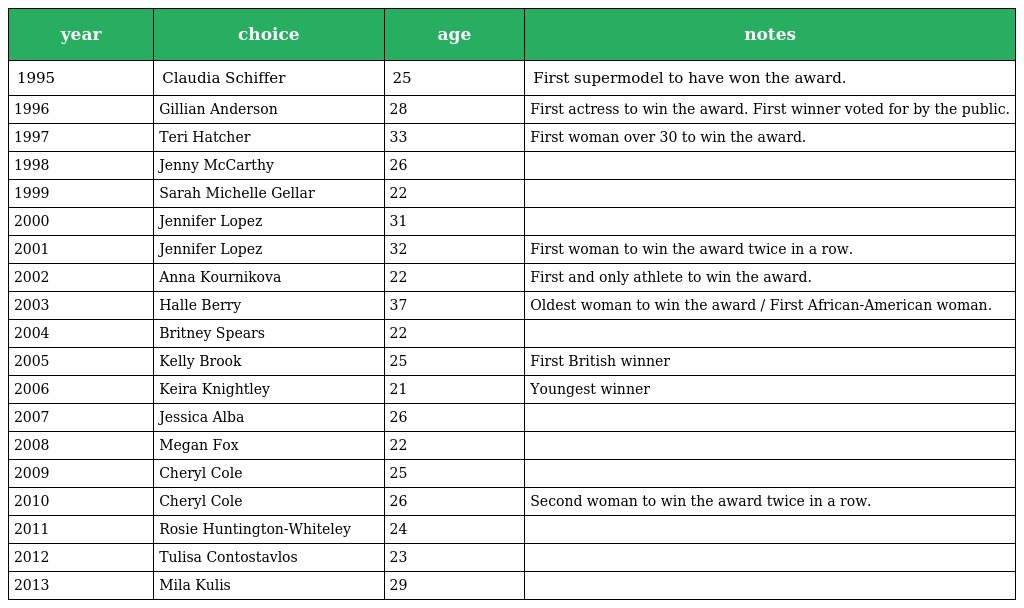
| year | choice | age | notes |
 | --- | --- | --- | --- |
 | 1995 | Claudia Schiffer | 25 | First supermodel to have won the award. |
 | 1996 | Gillian Anderson | 28 | First actress to win the award. First winner voted for by the public. |
 | 1997 | Teri Hatcher | 33 | First woman over 30 to win the award. |
 | 1998 | Jenny McCarthy | 26 |  |
 | 1999 | Sarah Michelle Gellar | 22 |  |
 | 2000 | Jennifer Lopez | 31 |  |
 | 2001 | Jennifer Lopez | 32 | First woman to win the award twice in a row. |
 | 2002 | Anna Kournikova | 22 | First and only athlete to win the award. |
 | 2003 | Halle Berry | 37 | Oldest woman to win the award / First African-American woman. |
 | 2004 | Britney Spears | 22 |  |
 | 2005 | Kelly Brook | 25 | First British winner |
 | 2006 | Keira Knightley | 21 | Youngest winner |
 | 2007 | Jessica Alba | 26 |  |
 | 2008 | Megan Fox | 22 |  |
 | 2009 | Cheryl Cole | 25 |  |
 | 2010 | Cheryl Cole | 26 | Second woman to win the award twice in a row. |
 | 2011 | Rosie Huntington-Whiteley | 24 |  |
 | 2012 | Tulisa Contostavlos | 23 |  |
 | 2013 | Mila Kulis | 29 |  |